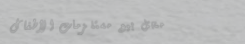
محل بيع مستلزمات الأطفال